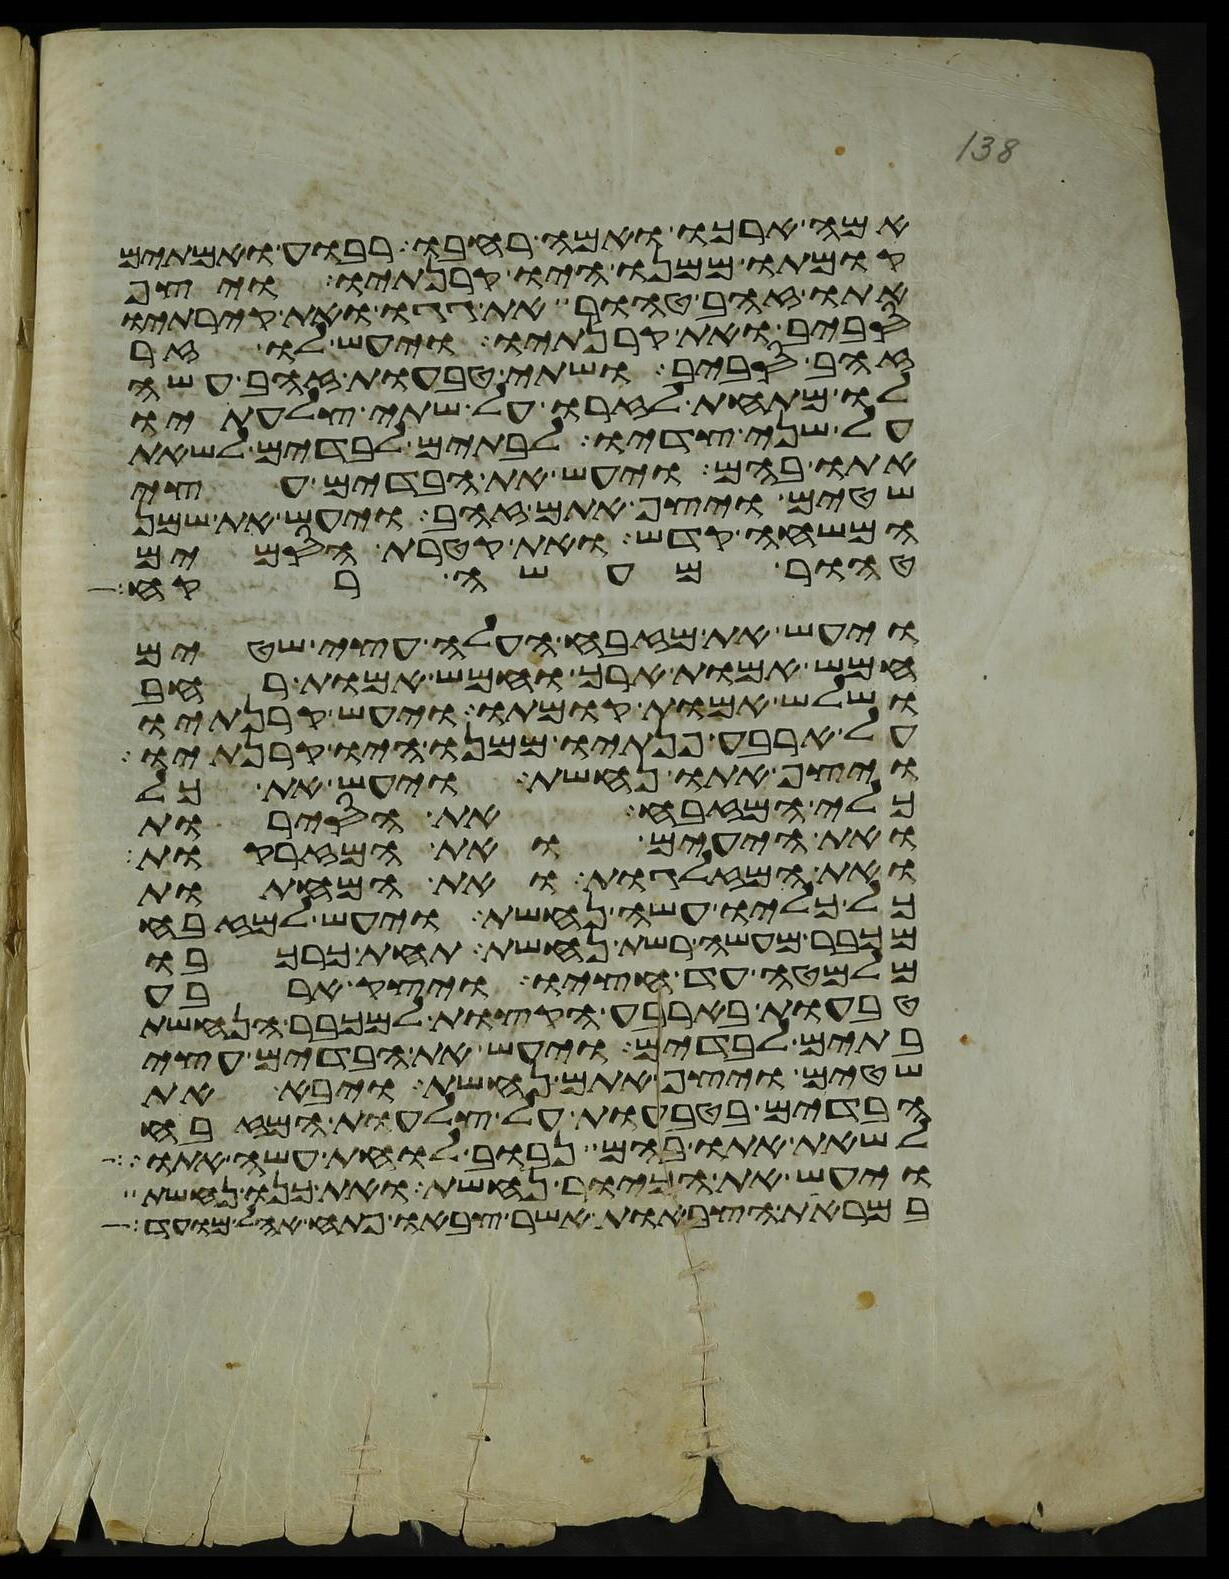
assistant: אמה ארכו ואמה רחבו רבוע ואמתים
קומתו ממנו היו קרנתיו ויצף
אתו זהב טהור את גגו ואת קירתיו
סביב ואת קרנתיו ויעש לו זר
זהב סביב ושתי טבעות זהב עשה
לו מתחת לזרו על שתי צלעתיו
על שני צדיו לבתים לבדים לשאת
אתו בהם ויעש את הבדים עצי
שטים ויצף אתם זהב ויעש את שמן
המשחה קדש ואת קטרת הסמים
טהור מעשה רקח
ויעש את מזבח העלה עצי שטים
חמש אמות ארך וחמש אמות רחב
ושלש אמות קומתו ויעש קרנתיו
על ארבע פנתיו ממנו היו קרנתיו
ויצף אתו נחשת ויעש את כל
כלי המזבח את הסירות
ואת היעים ואת המזרקות
ואת המזלגות ואת המחתות
כל כליו עשה נחשת ויעש למזבח
מכבר מעשה רשת נחשת תחת כרכבו
מלמטה עד חציו ויצק ארבע
טבעות בארבע הקצות למכבר הנחשת
בתים לבדים ויעש את הבדים עצי
שטים ויצף אתם נחשת ויבא את
הבדים בטבעות על צלעות המזבח
לשאת אתו בהם נבוב לוחת עשה אתו
ויעש את הכיור נחשת ואת כנו נחשת
במראות הצבאות אשר צבאו פתח אהל מועד